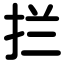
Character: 拦